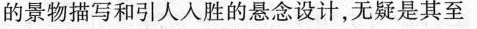
的景物描写和引人人胜的悬念设计，无疑是其